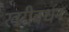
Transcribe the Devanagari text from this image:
खरीवर्धन